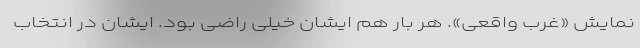
نمایش «غرب واقعی». هر بار هم ایشان خیلی راضی بود. ایشان در انتخاب